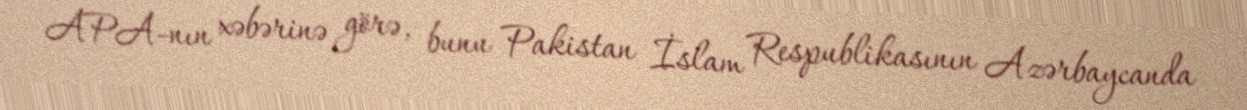
APA-nın xəbərinə görə, bunu Pakistan İslam Respublikasının Azərbaycanda